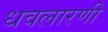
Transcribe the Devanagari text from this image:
धवलारणी